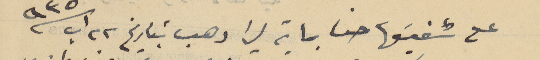
على شقيقها حنا بماية ليرا دهب بتاريخ ٢٢ اب سنة ٩٣٥